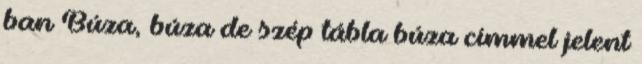
ban Búza, búza de szép tábla búza címmel jelent